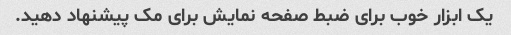
یک ابزار خوب برای ضبط صفحه نمایش برای مک پیشنهاد دهید.